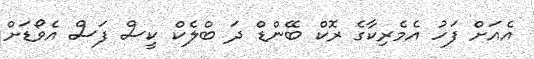
އެއަށް ފަހު އެމެރިކާގެ ރޮކް ބޭންޑް ދަ ބްލެކް ކީސް ފަސް އެވޯޑަށް